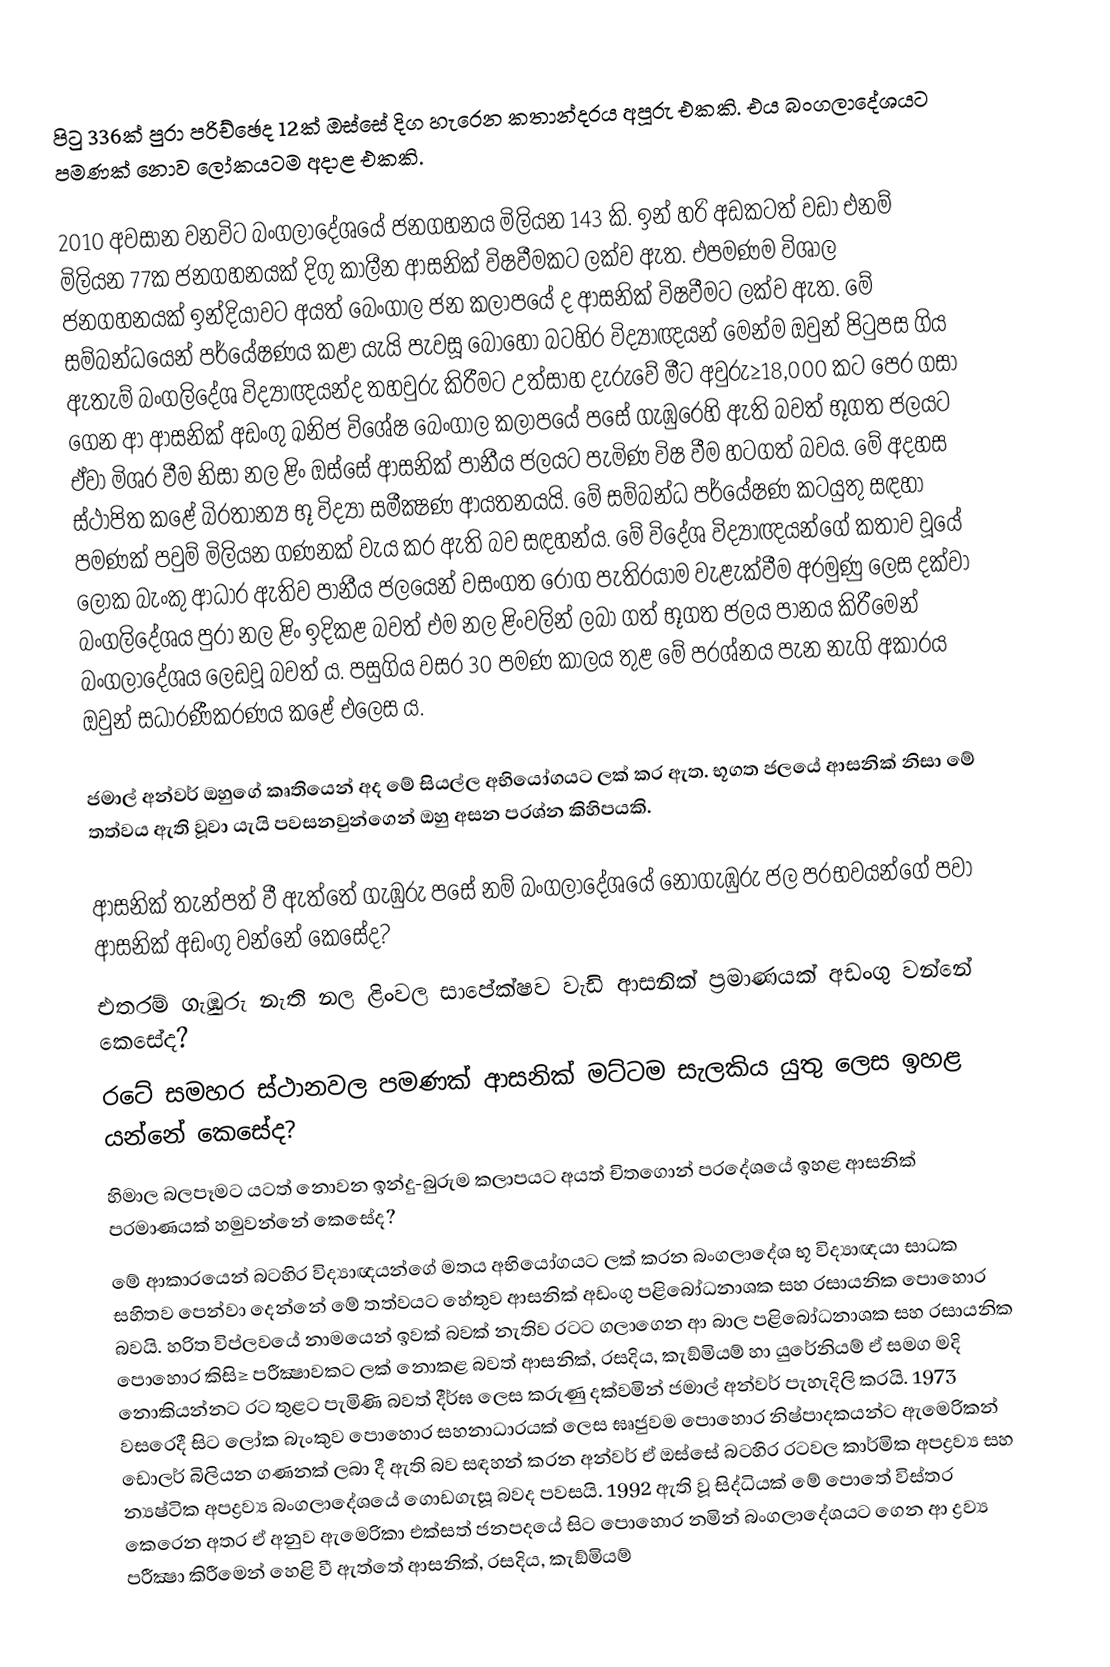
පිටු 336ක් පුරා පරිච්ඡෙද 12ක් ඔස්සේ දිග හැරෙන කතාන්දරය අපූරු එකකි. එය බංගලාදේශයට පමණක් නොව ලෝකයටම අදාළ එකකි.

2010 අවසාන වනවිට බංගලාදේශයේ ජනගහනය මිලියන 143 කි. ඉන් හරි අඩකටත් වඩා එනම් මිලියන 77ක ජනගහනයක් දිගු කාලීන ආසනික් විෂවීමකට ලක්ව ඇත. එපමණම විශාල ජනගහනයක් ඉන්දියාවට අයත් බෙංගාල ජන කලාපයේ ද ආසනික් විෂවීමට ලක්ව ඇත. මේ සම්බන්ධයෙන් පර්යේෂණය කළා යැයි පැවසූ බොහෝ බටහිර විද්‍යාඥයන් මෙන්ම ඔවුන් පිටුපස ගිය ඇතැම් බංගලිදේශ විද්‍යාඥයන්ද තහවුරු කිරීමට උත්සාහ දැරුවේ මීට අවුරු≥18,000 කට පෙර ගසා ගෙන ආ ආසනික් අඩංගු ඛනිජ විශේෂ බෙංගාල කලාපයේ පසේ ගැඹුරෙහි ඇති බවත් භූගත ජලයට ඒවා මිශ‍්‍ර වීම නිසා නල ළිං ඔස්සේ ආසනික් පානීය ජලයට පැමිණ විෂ වීම හටගත් බවය. මේ අදහස ස්ථාපිත කළේ බි‍්‍රතාන්‍ය භූ විද්‍යා සමීක්‍ෂණ ආයතනයයි. මේ සම්බන්ධ පර්යේෂණ කටයුතු සඳහා පමණක් පවුම් මිලියන ගණනක් වැය කර ඇති බව සඳහන්ය. මේ විදේශ විද්‍යාඥයන්ගේ කතාව වූයේ ලෝක බැංකු ආධාර ඇතිව පානීය ජලයෙන් වසංගත රෝග පැතිරයාම වැළැක්වීම අරමුණු ලෙස දක්වා බංගලිදේශය පුරා නල ළිං ඉදිකළ බවත් එම නල ළිංවලින් ලබා ගත් භූගත ජලය පානය කිරීමෙන් බංගලාදේශය ලෙඩවූ බවත් ය. පසුගිය වසර 30 පමණ කාලය තුළ මේ ප‍්‍රශ්නය පැන නැගි අකාරය ඔවුන් සධාරණීකරණය කළේ එලෙස ය.

ජමාල් අන්වර් ඔහුගේ කෘතියෙන් අද මේ සියල්ල අභියෝගයට ලක් කර ඇත. භූගත ජලයේ ආසනික් නිසා මේ තත්වය ඇති වූවා යැයි පවසනවුන්ගෙන් ඔහු අසන ප‍්‍රශ්න කිහිපයකි.

 ආසනික් තැන්පත් වී ඇත්තේ ගැඹුරු පසේ නම් බංගලාදේශයේ නොගැඹුරු ජල ප‍්‍රභවයන්ගේ පවා ආසනික් අඩංගු වන්නේ කෙසේද?
 එතරම් ගැඹුරු නැති නල ළිංවල සාපේක්ෂව වැඩි ආසනික් ප‍්‍රමාණයක් අඩංගු වන්නේ කෙසේද?
 රටේ සමහර ස්ථානවල පමණක් ආසනික් මට්ටම සැලකිය යුතු ලෙස ඉහළ යන්නේ කෙසේද?
 හිමාල බලපෑමට යටත් නොවන ඉන්දු-බුරුම කලාපයට අයත් චිතගොන් ප‍්‍රදේශයේ ඉහළ ආසනික් ප‍්‍රමාණයක් හමුවන්නේ කෙසේද?
මේ ආකාරයෙන් බටහිර විද්‍යාඥයන්ගේ මතය අභියෝගයට ලක් කරන බංගලාදේශ භූ විද්‍යාඥයා සාධක සහිතව පෙන්වා දෙන්නේ මේ තත්වයට හේතුව ආසනික් අඩංගු පළිබෝධනාශක සහ රසායනික පොහොර බවයි. හරිත විප්ලවයේ නාමයෙන් ඉවක් බවක් නැතිව රටට ගලාගෙන ආ බාල පළිබෝධනාශක සහ රසායනික පොහොර කිසි≥ පරීක්‍ෂාවකට ලක් නොකළ බවත් ආසනික්, රසදිය, කැඞ්මියම් හා යුරේනියම් ඒ සමග මදි නොකියන්නට රට තුළට පැමිණි බවත් දීර්ඝ ලෙස කරුණු දක්වමින් ජමාල් අන්වර් පැහැදිලි කරයි. 1973 වසරෙදී සිට ලෝක බැංකුව පොහොර සහනාධාරයක් ලෙස ඝෘජුවම පොහොර නිෂ්පාදකයන්ට ඇමෙරිකන් ඩොලර් බිලියන ගණනක් ලබා දී ඇති බව සඳහන් කරන අන්වර් ඒ ඔස්සේ බටහිර රටවල කාර්මික අපද්‍රව්‍ය සහ න්‍යෂ්ටික අපද්‍රව්‍ය බංගලාදේශයේ ගොඩගැසූ බවද පවසයි. 1992 ඇති වූ සිද්ධියක් මේ පොතේ විස්තර කෙරෙන අතර ඒ අනුව ඇමෙරිකා එක්සත් ජනපදයේ සිට පොහොර නමින් බංගලාදේශයට ගෙන ආ ද්‍රව්‍ය පරීක්‍ෂා කිරීමෙන් හෙළි වී ඇත්තේ ආසනික්, රසදිය, කැඞ්මියම්